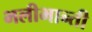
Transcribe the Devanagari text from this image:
भलीभान्ती